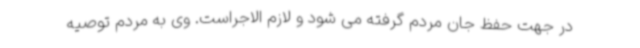
در جهت حفظ جان مردم گرفته می شود و لازم الاجراست. وی به مردم توصیه